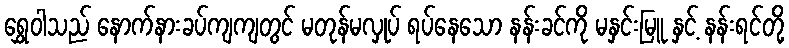
ရွှေဝါသည် နောက်နားခပ်ကျကျတွင် မတုန်မလှုပ် ရပ်နေသော နန်းခင်ကို မနှင်းမြူ နှင့် နန်းရင်တို့